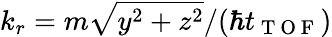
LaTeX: k_{r}=m\sqrt{y^{2}+z^{2}}/(\hbar t_{\mathrm{~T~O~F~}})